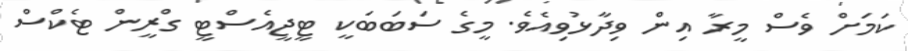
ކަމަށް ވެސް މީރާ އިން ވިދާޅުވިއެވެ. މީގެ ސަބަބަކީ ޓީޖީއެސްޓީ ގްރީން ޓެކްސް